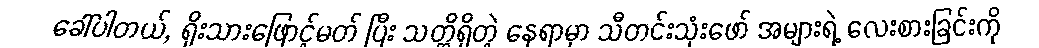
ခေါ်ပါတယ်, ရိုးသားဖြောင့်မတ် ပြီး သတ္တိရှိတဲ့ နေရာမှာ သီတင်းသုံးဖော် အများရဲ့ လေးစားခြင်းကို